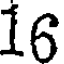
16